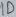
Text: ID